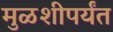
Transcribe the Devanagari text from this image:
मुळशीपर्यंत